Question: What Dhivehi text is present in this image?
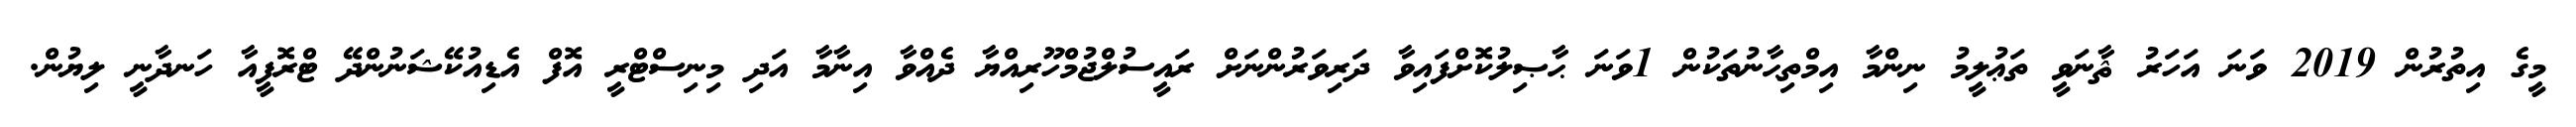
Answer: މީގެ އިތުރުން 2019 ވަނަ އަހަރު ޘާނަވީ ތަޢުލީމު ނިންމާ އިމްތިޙާނުތަކުން 1ވަނަ ޙާޞިލުކޮށްފައިވާ ދަރިވަރުންނަށް ރައީސުލްޖުމްހޫރިއްޔާ ދެއްވާ އިނާމާ އަދި މިނިސްޓްރީ އޮފް އެޑިއުކޭޝަނުންދޭ ޓްރޮފީއާ ހަނދާނީ ލިޔުން.